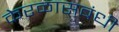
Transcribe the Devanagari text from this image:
केरळासबंधी